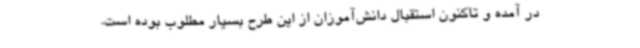
در آمده و تاکنون استقبال دانش‌آموزان از این طرح بسیار مطلوب بوده است.